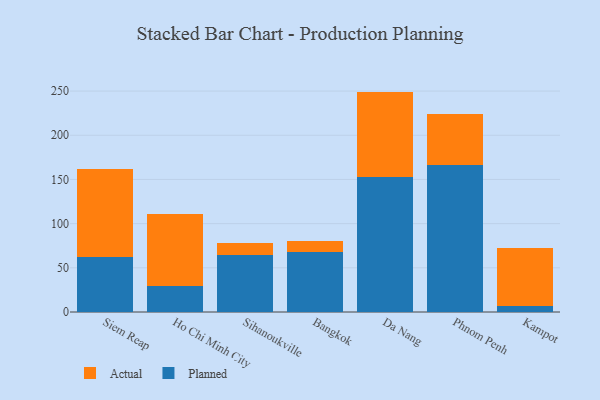
{"axis": {"x": "City", "y": "Headcount"}, "legend": ["Actual", "Planned"], "data": [{"x": "Siem Reap", "y": 61.7, "type": "Planned"}, {"x": "Siem Reap", "y": 100.6, "type": "Actual"}, {"x": "Ho Chi Minh City", "y": 29.5, "type": "Planned"}, {"x": "Ho Chi Minh City", "y": 81.2, "type": "Actual"}, {"x": "Sihanoukville", "y": 64.8, "type": "Planned"}, {"x": "Sihanoukville", "y": 13.5, "type": "Actual"}, {"x": "Bangkok", "y": 67.5, "type": "Planned"}, {"x": "Bangkok", "y": 12.3, "type": "Actual"}, {"x": "Da Nang", "y": 153.0, "type": "Planned"}, {"x": "Da Nang", "y": 96.4, "type": "Actual"}, {"x": "Phnom Penh", "y": 165.8, "type": "Planned"}, {"x": "Phnom Penh", "y": 58.3, "type": "Actual"}, {"x": "Kampot", "y": 7.2, "type": "Planned"}, {"x": "Kampot", "y": 65.7, "type": "Actual"}]}